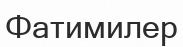
Фатимилер